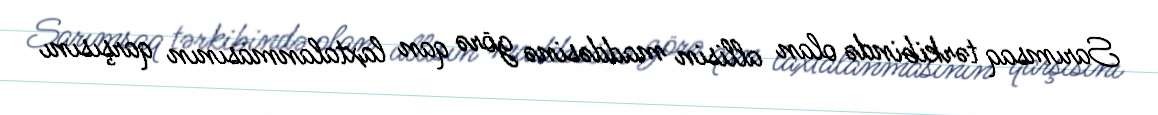
Sarımsaq tərkibində olan allisin maddəsinə görə qan laxtalanmasının qarşısını